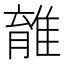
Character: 𨿾